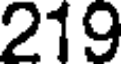
219